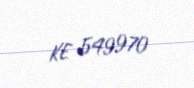
KE 549970